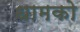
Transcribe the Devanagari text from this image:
धामको